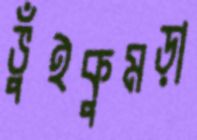
ভুঁইকুমড়া